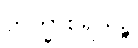
ဘိက္ခာစရိယဉ္စ